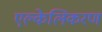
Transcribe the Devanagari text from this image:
एल्केलिकरण